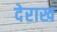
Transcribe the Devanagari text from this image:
देराख